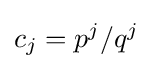
c_{j}=p^{j}/q^{j}